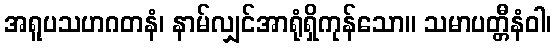
အရူပသဟဂတနံ၊ နာမ်လျှင်အာရုံရှိကုန်သော။ သမာပတ္တီနံဝါ၊